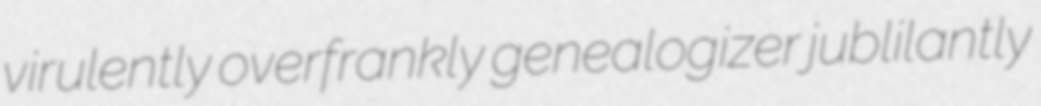
virulently overfrankly genealogizer jublilantly